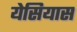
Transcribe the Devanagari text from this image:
येसियास